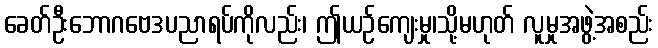
ခေတ်ဦးဘောဂဗေဒပညာရပ်ကိုလည်း၊ ဤယဉ်ကျေးမှု၊သို့မဟုတ် လူမှုအဖွဲ့အစည်း